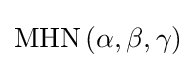
{\text{MHN}}\left(\alpha ,\beta ,\gamma \right)